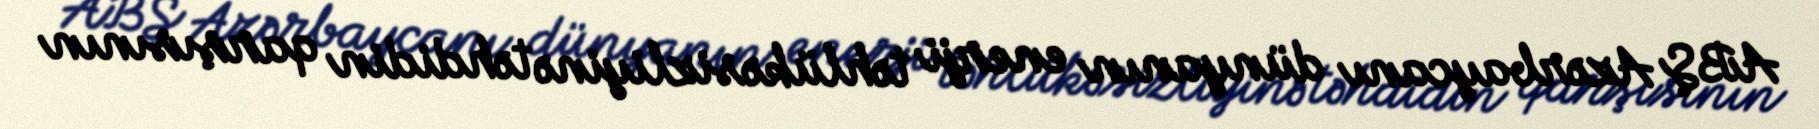
ABŞ Azərbaycanı dünyanın enerji təhlükəsizliyinə təhdidin qarşısının